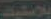
بلاستيك